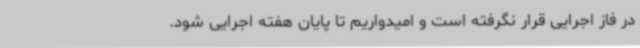
در فاز اجرایی قرار نگرفته است و امیدواریم تا پایان هفته اجرایی شود.